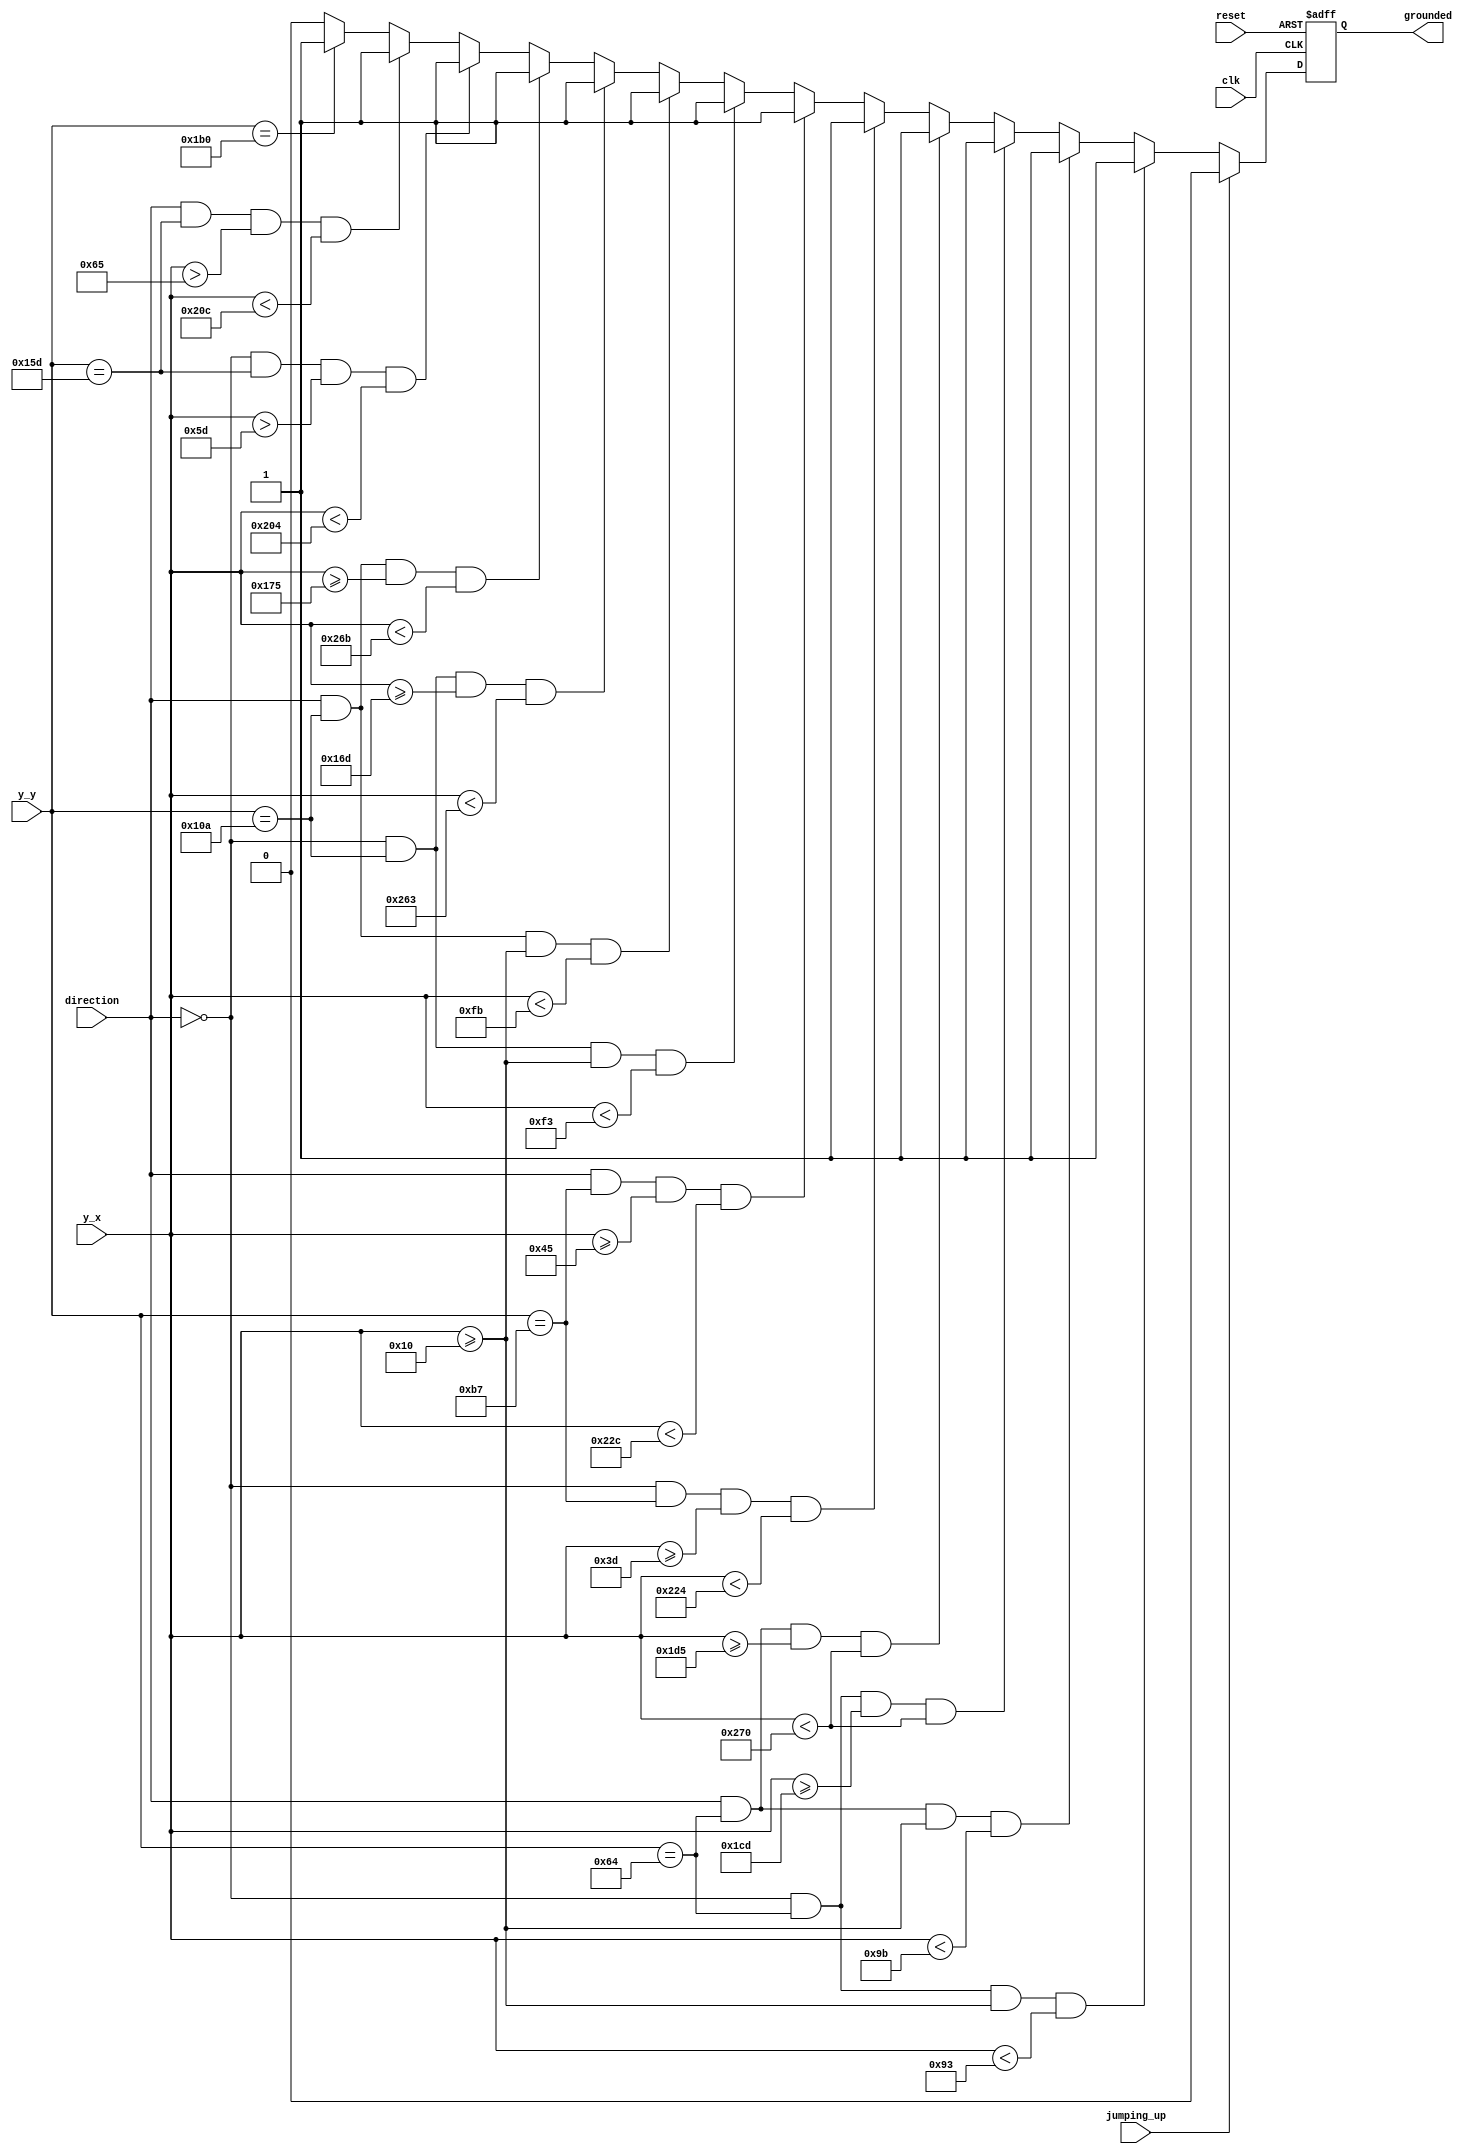
module grounded
    (
        input wire clk, reset,     // clock, reset signals for synchrnous registers
        input wire [9:0] y_x, y_y, // current pixel coordinates from vga_sync circuit
        input wire jumping_up,     // input signal asserted when yoshi is in jumping_up state
	input wire direction,       // input signal conveying yoshi's direction
	output wire grounded       // output signal asserted when yoshi is in contact with a platform 
    );
   
    // constant declarations
    // max pixel coordinates for VGA display area
    localparam MAX_X = 640;
    localparam MAX_Y = 480;
   
    // tile width and height
    localparam T_W = 16;
    localparam T_H = 16;
   
    // maximum x dimension for combines tiles of yoshi (see diagram)
    localparam X_MAX = 25;
   
    // difference in head and torso tile placement in x dimension (see diagram)
    localparam X_D   = 9;
    localparam LA    = 19;
    localparam LB    = 13;
    localparam RA    = 11;
    localparam RB    =  5;
    localparam LEFT  =  0;
    localparam RIGHT =  1;
	
    // register for grounded signal
    reg grounded_reg, grounded_next;
	
    // infer grounded signal
    always @(posedge clk, posedge reset)
	if(reset)
		grounded_reg <= 1;
	else
		grounded_reg <= grounded_next;
	
    // next-state logic for grounded signal
    always @*
		begin
		// default
		grounded_next = grounded_reg;
		
		// yoshi is allowed to jump up over a platform and then land on it,
        	// only assert grounded when not jumping_up.
		// check if yoshi is on each platform, if so change grounded signal to be asserted
		if(!jumping_up)
			begin
			
			// 'A'	
			if(direction == LEFT && (y_y == 132 - 2*T_H) && (y_x >= 16) && (y_x < 160 - LB))
				grounded_next = 1;
			
			else if(direction == RIGHT && (y_y == 132 - 2*T_H) && (y_x >= 16) && (y_x < 160 - RB))
				grounded_next = 1;
			
			// 'B'
			else if(direction == LEFT && (y_y == 132 - 2*T_H) && (y_x >= 480 - LA) && (y_x < 624))
				grounded_next = 1;
			
			else if(direction == RIGHT && (y_y == 132 - 2*T_H) && (y_x >= 480 - RA) && (y_x < 624))
				grounded_next = 1;
			
			// 'C'
			else if(direction == LEFT && (y_y == 215 - 2*T_H) && (y_x >= 80 - LA) && (y_x < 561 - LB))
				grounded_next = 1;
			
			else if(direction == RIGHT && (y_y == 215 - 2*T_H) && (y_x >= 80 - RA) && (y_x < 561 - RB))
				grounded_next = 1;
			
			// 'D'
			else if(direction == LEFT && (y_y == 298 - 2*T_H) && (y_x >= 16) && (y_x < 256 - LB))
				grounded_next = 1;
			
			else if(direction == RIGHT && (y_y == 298 - 2*T_H) && (y_x >= 16) && (y_x < 256 - RB))
				grounded_next = 1;
				
			// 'E'
			else if(direction == LEFT && (y_y == 298 - 2*T_H) && (y_x >= 384 - LA) && (y_x < 624 - LB))
				grounded_next = 1;
			
			else if(direction == RIGHT && (y_y == 298 - 2*T_H) && (y_x >= 384 - RA) && (y_x < 624 - RB))
				grounded_next = 1;
			
			// 'F'
			else if(direction == LEFT && (y_y == 381 - 2*T_H) && (y_x > 112 - LA) && (y_x < 529 - LB))
				grounded_next = 1;
			
			else if(direction == RIGHT && (y_y == 381 - 2*T_H) && (y_x > 112 - RA) && (y_x < 529 - RB))
				grounded_next = 1;
				
			// 'G'
			else if((y_y == MAX_Y - 2*T_H - 16))
				grounded_next = 1;
	
			else 
				grounded_next = 0;
			end
		else 
			grounded_next = 0;
		end	
	
	assign grounded = grounded_reg;
endmodule